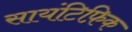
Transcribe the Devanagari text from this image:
सायंटिफ़िक